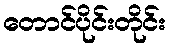
တောင်ပိုင်းတိုင်း